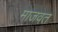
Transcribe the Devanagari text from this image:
माजवत